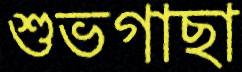
শুভগাছা